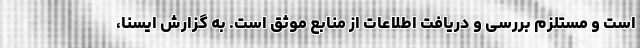
است و مستلزم بررسی و دریافت اطلاعات از منابع موثق است. به گزارش ایسنا،